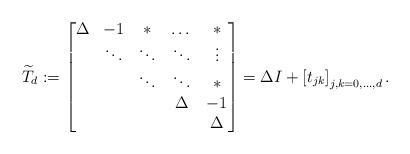
LaTeX: \begin{align*} \widetilde T_d := \begin{bmatrix} \Delta & -1 & * & \dots & * \\ & \ddots & \ddots & \ddots & \vdots \\ & & \ddots & \ddots & * \\ & & & \Delta & -1 \\ & & & & \Delta \end{bmatrix} = \Delta I + \left[ t_{jk}\right]_{j,k = 0,\dots,d}. \end{align*}